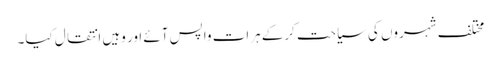
مختلف شہروں کی سیاحت کرکے ہرات واپس آئے اور وہیں انتقال کیا۔